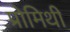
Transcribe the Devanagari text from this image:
प्रोमिथी